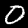
Label: 0